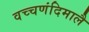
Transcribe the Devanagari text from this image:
वच्चणंदिमालै